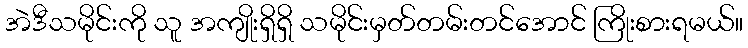
အဲဒီသမိုင်းကို သူ အကျိုးရှိရှိ သမိုင်းမှတ်တမ်းတင်အောင် ကြိုးစားရမယ်။